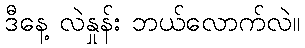
ဒီနေ့ လဲနှုန်း ဘယ်လောက်လဲ။